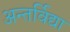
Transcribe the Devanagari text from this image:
अन्तर्विद्या